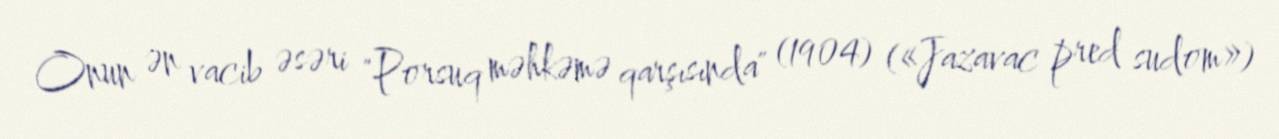
Onun ən vacib əsəri "Porsuq məhkəmə qarşısında" (1904) («Jazavac pred sudom»)